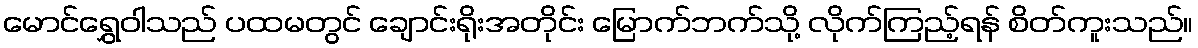
မောင်ရွှေဝါသည် ပထမတွင် ချောင်းရိုးအတိုင်း မြောက်ဘက်သို့ လိုက်ကြည့်ရန် စိတ်ကူးသည်။